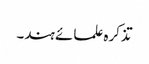
تذکرہ علمائے ہند۔